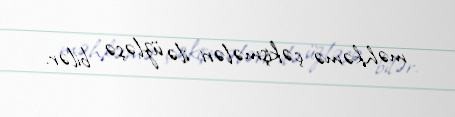
məhkəmə çəkişmələri ilə üzləşə bilər.